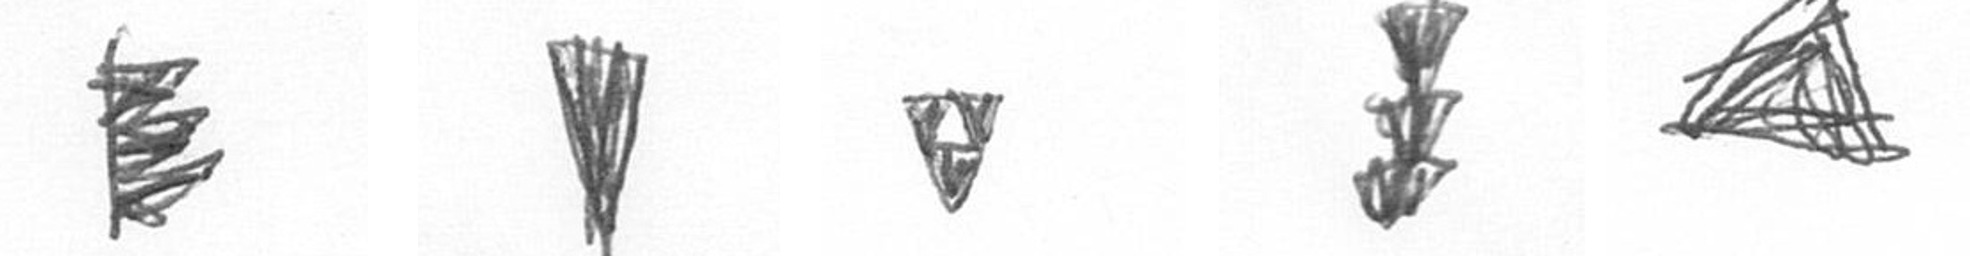
H J S E O